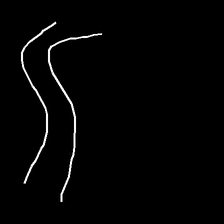
Glyph: float